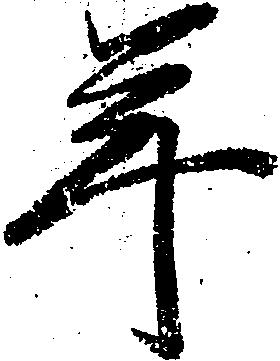
年